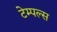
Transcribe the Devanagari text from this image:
टेम्पल्स